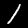
Digit: 1